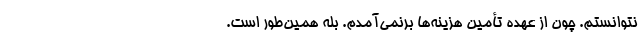
نتوانستم. چون از عهده تأمین هزینه‌ها برنمی‌آمدم. بله همین‌طور است.